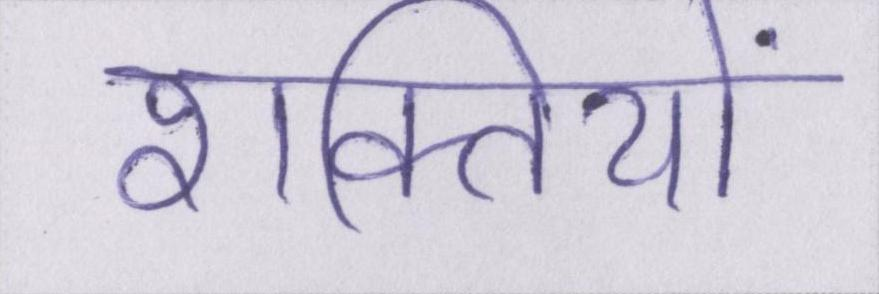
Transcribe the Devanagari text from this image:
शक्तियों